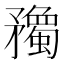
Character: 𥎠